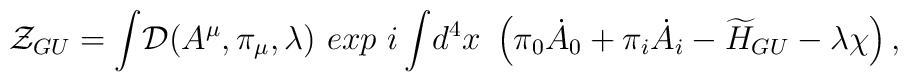
{\cal Z}_{GU}  =  {\displaystyle \int} {\cal D}(A^{\mu}, \pi_{\mu}, \lambda)~exp ~{i\displaystyle \int} d^4x ~\left(\pi_0{\dot A_0} + \pi_i{\dot A_i} - {\widetilde H_{GU}} - \lambda \chi\right),